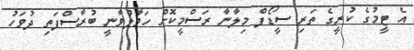
އެ ޓީމުގެ ކުރީގެ ތަރި ސީޑޯފް މިލާނާ ރަސްމީކޮށް ހަވާލުވާނީ ބުރާސްފަތި ދުވަހު